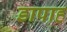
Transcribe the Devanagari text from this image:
डापाह